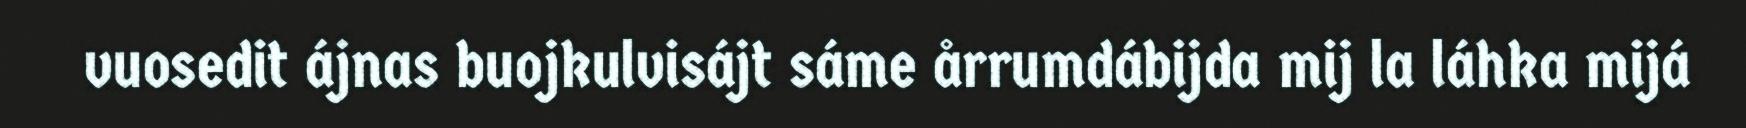
vuosedit ájnas buojkulvisájt sáme årrumdábijda mij la láhka mijá